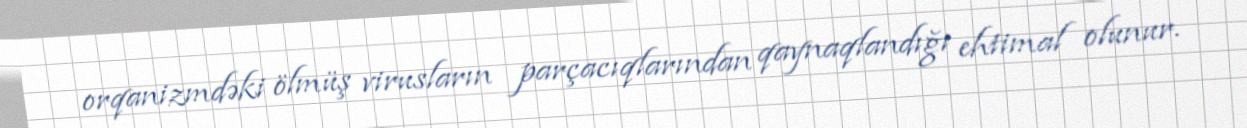
orqanizmdəki ölmüş virusların parçacıqlarından qaynaqlandığı ehtimal olunur.